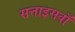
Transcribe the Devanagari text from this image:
सत्ताइसवाँ